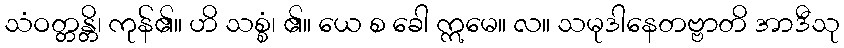
သံဝတ္တန္တိ၊ ကုန်၏။ ဟိ သစ္စံ၊ ၏။ ယေ စ ခေါ ဣမေ။ လ။ သမုဒါနေတဗ္ဗာတိ အာဒီသု